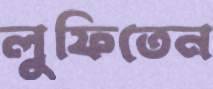
লুফিতেন